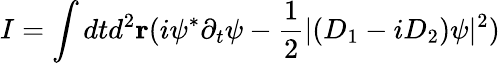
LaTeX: I=\int dtd^{2}{\mathbf r}(i\psi^{\ast}\partial_{t}\psi-{\frac{1}{2}}|(D_{1}-iD_{2})\psi|^{2})